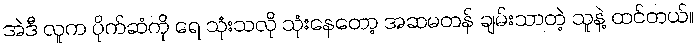
အဲဒီ လူက ပိုက်ဆံကို ရေ သုံးသလို သုံးနေတော့ အဆမတန် ချမ်းသာတဲ့ သူနဲ့ ထင်တယ်။